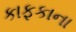
કાફકાના